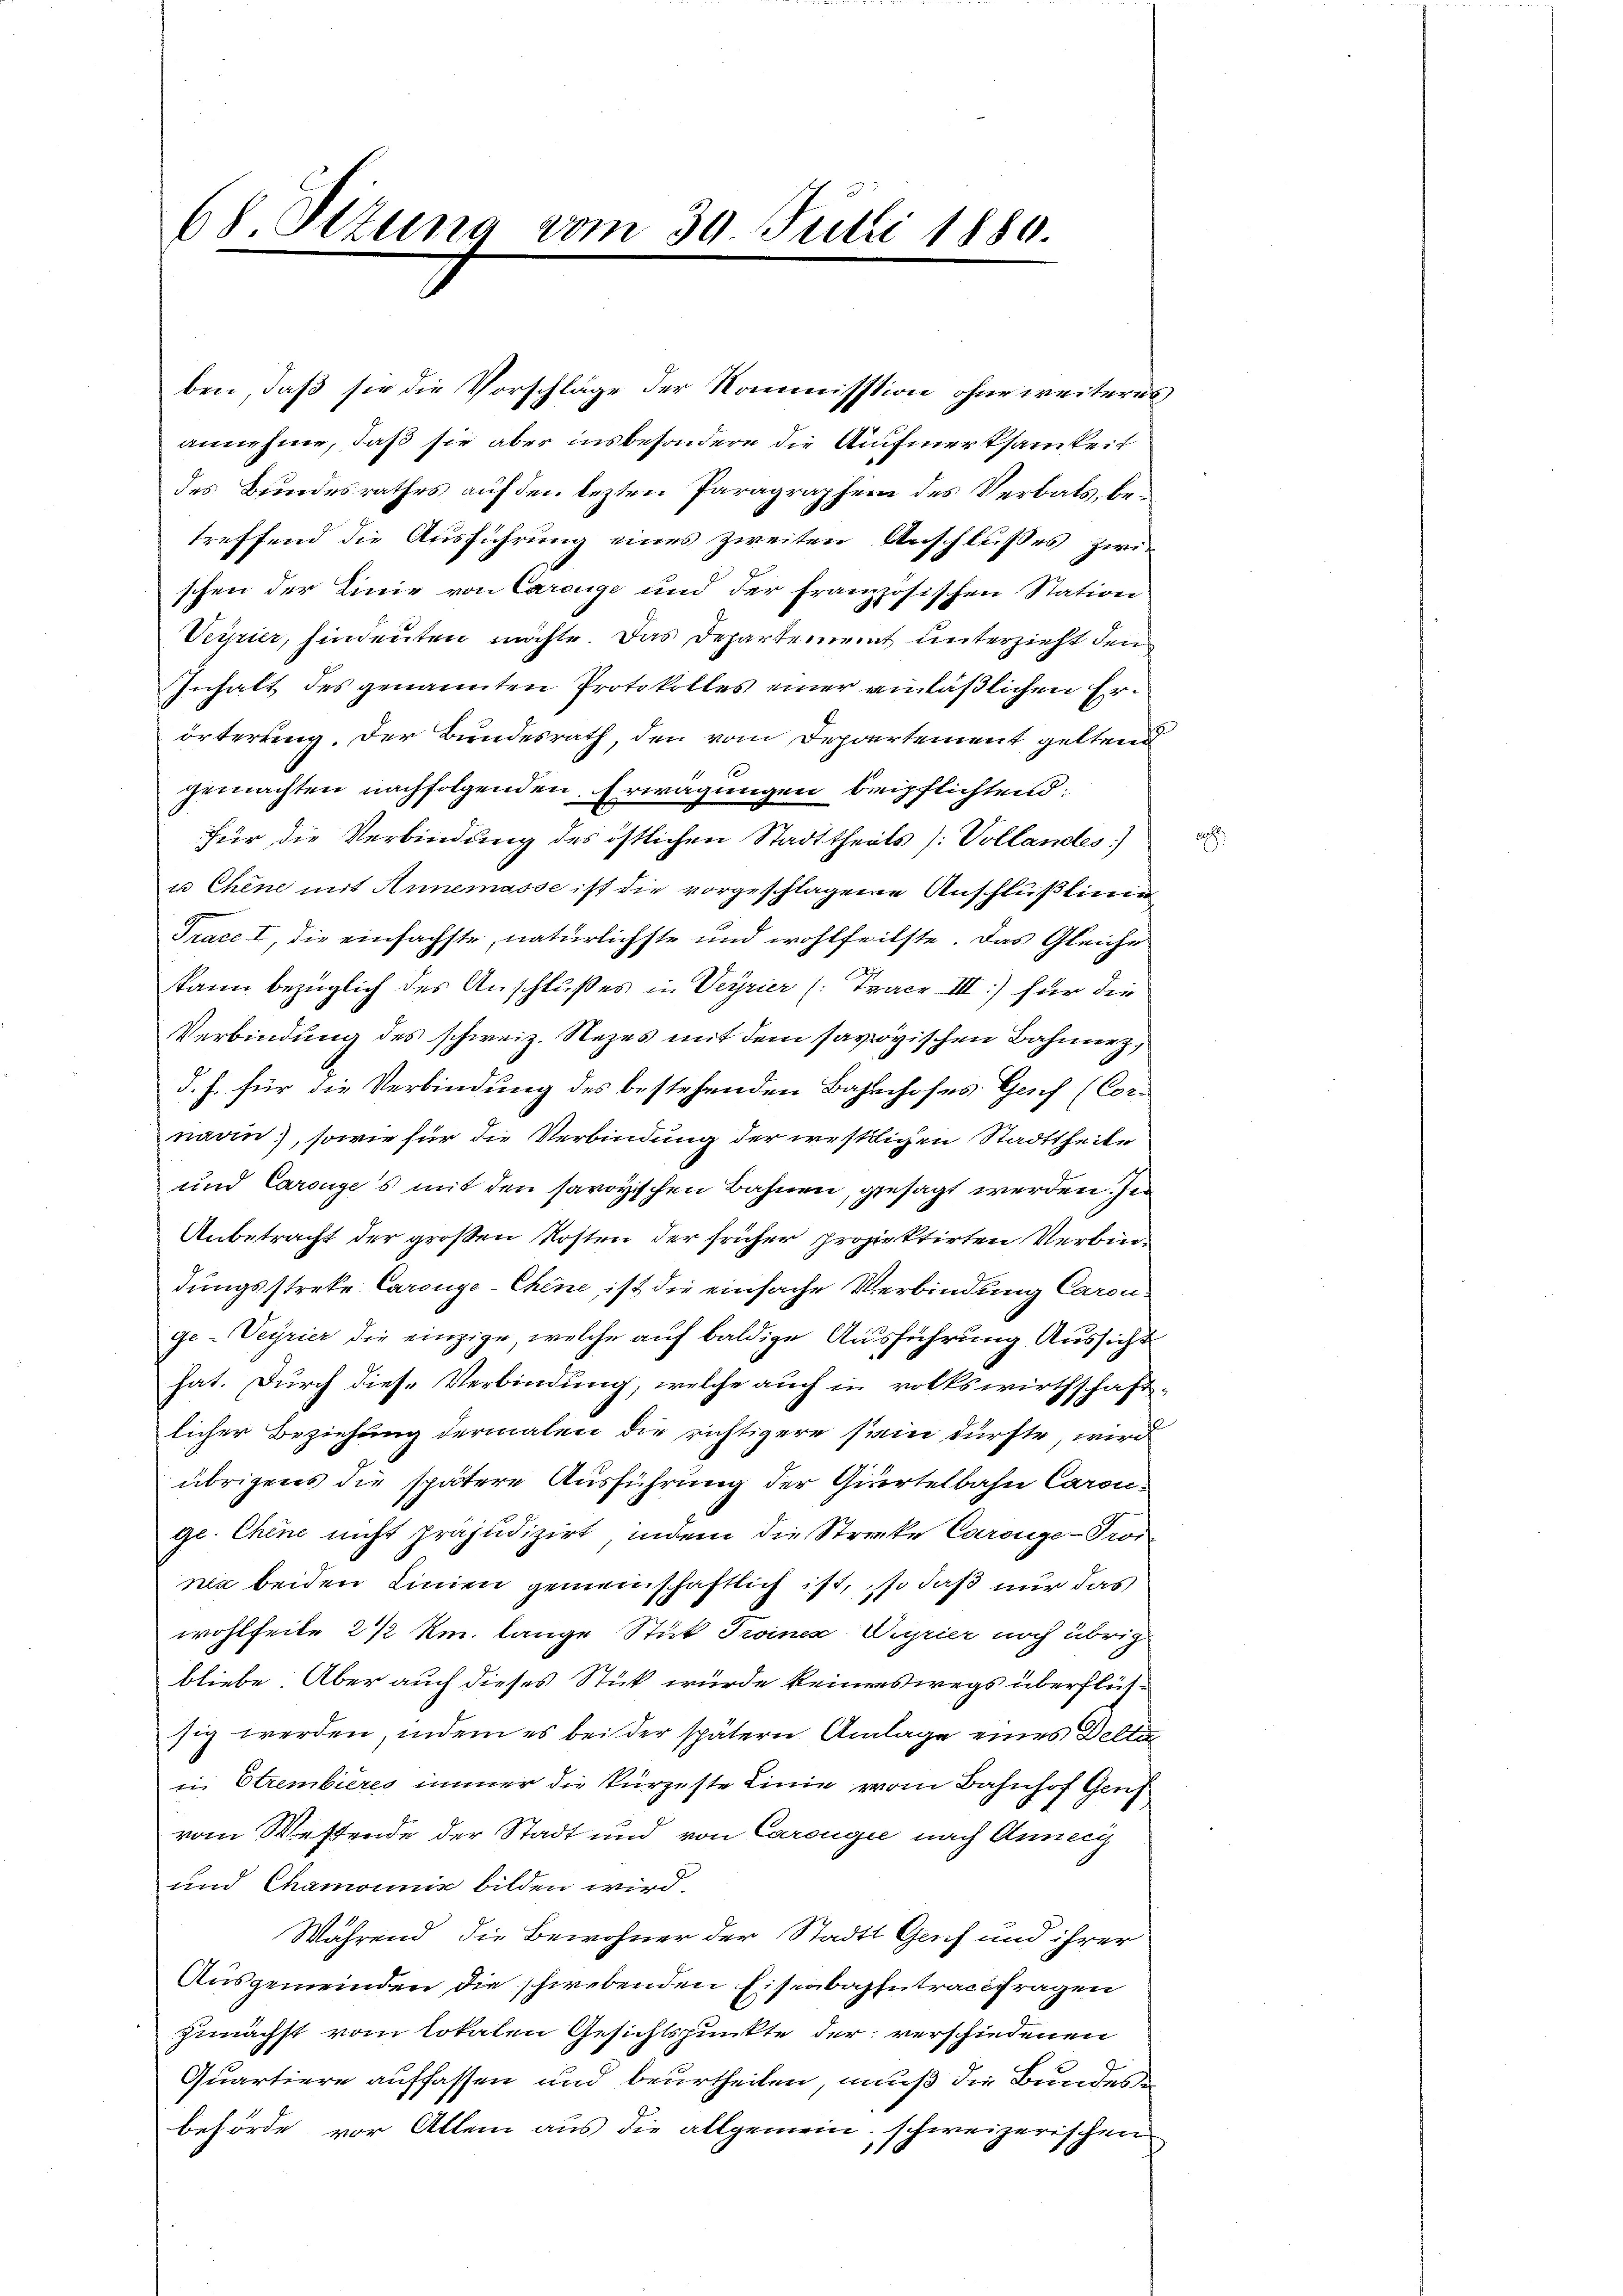
68 Sizung vom 30 Julii 1880.

annehme, daß sie aber insbesondere die Aufmerksamkeit
des Bundesrathes auf den lezten Paragraphen des Verbals, betreffend die Ausführung eines zweiten Anschlusses zwischen der Linie von Careuge und der französischen Station
Veipier, hindeuten möchte. Das Departement unterzieht den
Inhalt des genannten Protokolles einer einläßlichen Erörterung. Der Bundesrath, den vom Departement geltend
x
gemachten nachfolgenden Erwägungen beipflichtend:
für die Verbindung des östlichen Stadttheils (: Vollandes)
u Chine mit Annemasse ist die vorgeschlagene Anschlüßlinie
Trace I, die einfachste, natürlichste und wohlfeilste. Das Gleiche
kann bezüglich des Anschlußes in Veyrier (: Trace III) für die
Verbindung des schweiz. Nezes mit dem savoyischen Bahnnez
d. h. für die Verbindung des bestehenden Bahnhofes Gesch (Cornavin, sowie für die Verbindung der westlichen Stadttheite
und Carenges mit den savoyischen Bahnen, gesagt werden. In
Anbetracht der großen Kosten der früher projektirten Verbindungsstreke Caronge-Chine, ist die einfache Verbindung Caron
ge-Veyrier die einzige, welche auf baldige Ausführung Aussicht
hat. Durch diese Verbindung, welche auch in volkswirthschaftlicher Beziehung dermalen die richtigere sein dürfte, wird
übrigens die spätere Ausführung der Giertelbahn Carouge. Chine nicht präjudizirt, indem die Strecke Carouge-Trornea beiden Linien gemeinschaftlich ist, so daß nur das
wohlfeile 2 ½ km. lange Stück Troines Weyrier noch übrig
bliebe. Aber auch dieses Stick würde keineswegs überflüssig werden, indem es bei der spätern Anlage eines Delte
in Strembieres immer die kürzeste Linie vom Bahnhof Genf
vom Westende der Stadt und von Carougie nach Anneig
und Chamonis bilden wird.
Während die Bewohner der Stadtt Genf und ihrer
Ausgemeinden die schwebenden Eisenbahntracefragen
zunächst vom totalen Gesichtspunkte der verschiedenen
Quartiere auffassen und beurtheilen, muß die Bundesbehörde vor Allem aus die allgemein, schweizerischen

ben, daß sie die Vorschläge der Kommission ohne weiteres